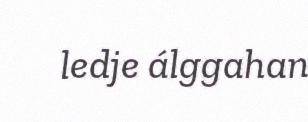
ledje álggahan